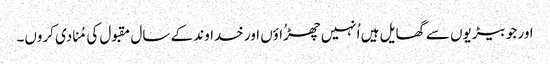
اور جو بیڑیوں سے گھایل ہیں اُنہیں چھڑُاؤں اور خداوند کے سال مقبول کی مُنادی کروں۔